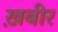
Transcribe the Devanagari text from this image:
ख़बीर